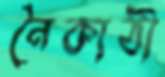
নৈকাঠী